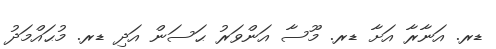
ޑރ. އަނާރާ އަށާ ޑރ. މޫސާ އަންވަރު ޙަސަން އަދި ޑރ. މުޙައްމަދު